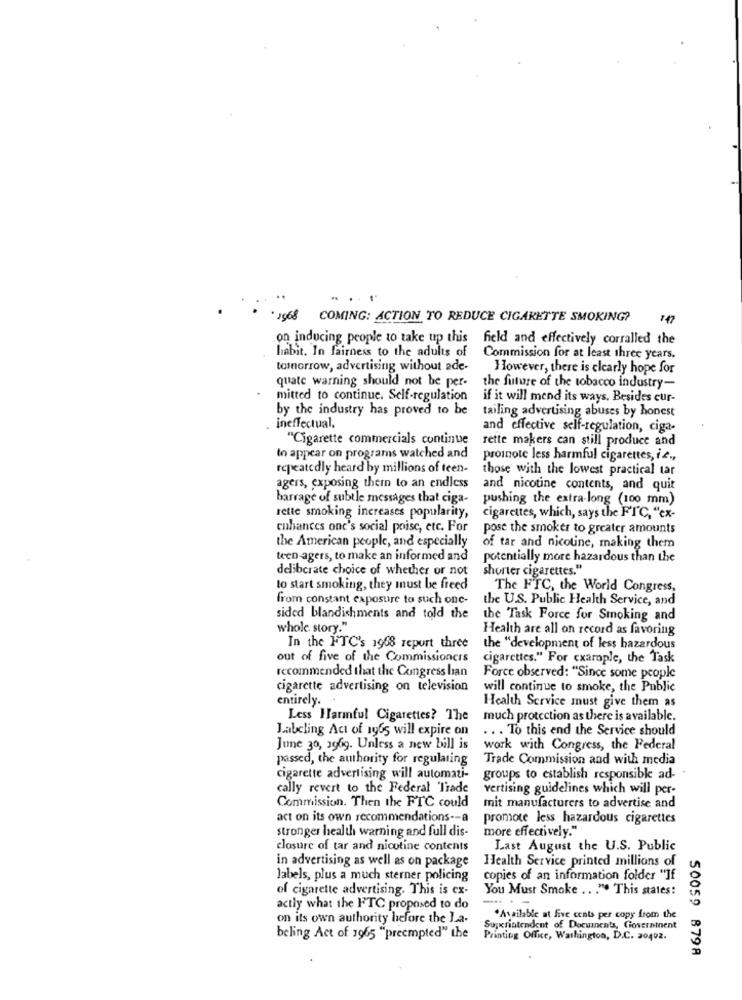
1968 COMING: ACTION TO REDUCE CIGARETTE SMOKING?
147
on inducing people to take up this field and effectively corralled the
habit. In fairness to the adults of
Commission for at least three years.
tomorrow, advertising without ade-
However, there is clearly hope for
quate warning should not be per-
the future of the tobacco industry-
mitted to continue. Self-regulation
if it will mend its ways. Besides cur-
by the industry has proved to be
tailing advertising abuses by honest
ineffectual.
and effective self-regulation, ciga-
"Cigarette commercials continue
rette makers can still produce and
to appear on programs watched and
proinote less harmful cigarettes, i z .,
repeatedly heard by millions of teen-
those with the lowest practical tar
agers, exposing thern to an endless
and nicotine contents, and quit
barrage of subtle messages that ciga-
pushing the extra-long (100 mm)
rette smoking increases popularity,
cigarettes, which, says the FIC, "ex-
enhances one's social poise, etc. For
pose the smoker to greater amounts
the American people, and especially
of tar and nicotine, making themn
teen agers, to make an informed and
potentially more hazardous than the
deliberate choice of whether or not
shorter cigarettes."
to start smoking, they must be freed
The FTC, the World Congress,
from constant exposure to such one-
the U.S. Public Health Service, and
sided blandishments and told the
the Task Force for Smoking and
whole story."
Health are all on record as favoring
In the FTC's 1968 report three
the "development of less hazardous
out of five of the Commissioners
cigarettes." For example, the Task
recommended that the Congress ban
Force observed: "Since some people
cigarette advertising on television
will continue to smoke, the Public
entirely.
Health Service must give them as
Less Harmful Cigarettes? The
much protection as there is available.
Labeling Act of 1965 will expire on
. . . To this end the Service should
June 30, 3969. Unless a new bill is
work with Congress, the Federal
passed, the authority for regulating
Trade Commission and with media
cigarette advertising will automati-
groups to establish responsible ad-
cally revert to the Federal Trade
vertising guidelines which will per-
Commission. Then the FTC could
mit manufacturers to advertise and
act on its own recommendations -- a
promote less hazardous cigarettes
stronger health warning and full dis-
more effectively."
closure of tar and nicotine contents
Last August the U.S. Public
in advertising as well as on package
Health Service printed millions of
Jabels, plus a much sterner policing
copies of an information folder "If
of cigarette advertising. This is ex-
You Must Smoke .. . ". This states!
. -
actly what the FTC proposed to do
on its own authority before the La-
.Available at five cents per copy from the
Susxrintendent of Documents, Government
beling Act of 1965 "preempted" the
Printing Office, Washington, D.C. 30402.
50059 8798